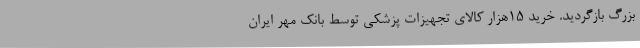
بزرگ بازگردید. خرید 15هزار کالای تجهیزات پزشکی توسط بانک مهر ایران